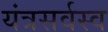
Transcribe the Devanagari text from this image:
यंत्रसर्वस्व